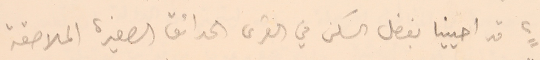
٢ قد احيينا بفضل السكن في القرى الحدائق الصغيرة الملاصقة